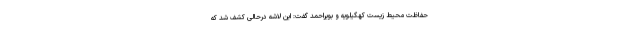
حفاظت محیط زیست کهگیلویه و بویراحمد گفت: این لاشه درحالی کشف شد که